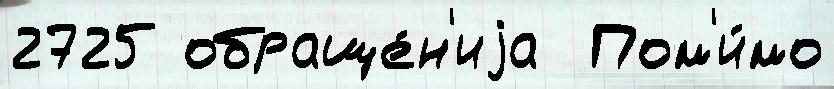
2725 обраще́н'иjа  Пом'и́мо